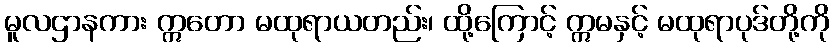
မူလဌာနကား ဣတော မထုရာယတည်း၊ ထို့ကြောင့် ဣမနှင့် မထုရာပုဒ်တို့ကို